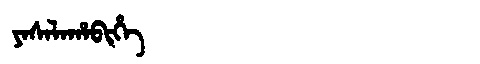
Manchu: ᠶᠠᠰᠠᠯᠠᡥᠠᠪᡳᡥᡝ
Romanization: YASALAHABIHE